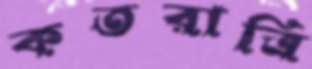
কতরাত্রি